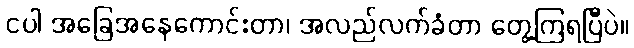
ငပါ အခြေအနေကောင်းတာ၊ အလည်လက်ခံတာ တွေ့ကြရပြီပဲ။